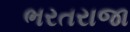
ભરતરાજા